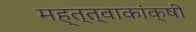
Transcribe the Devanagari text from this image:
मह्त्त्वाकांक्षी